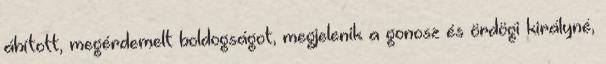
áhított, megérdemelt boldogságot, megjelenik a gonosz és ördögi királyné,